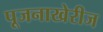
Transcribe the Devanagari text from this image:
पूजनाखेरीज